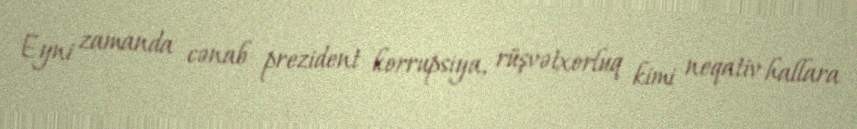
Eyni zamanda cənab prezident korrupsiya, rüşvətxorluq kimi neqativ hallara